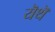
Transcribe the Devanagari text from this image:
यॆथॆ